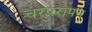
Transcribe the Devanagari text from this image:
चरपरापन